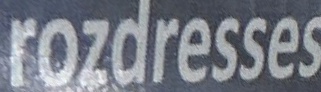
rozdresses